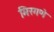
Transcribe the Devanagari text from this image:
मिरगणे